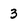
Character: 3